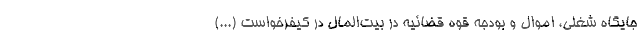
جایگاه شغلی، اموال و بودجه قوه قضائیه در بیت‌المال در کیفرخواست (...)